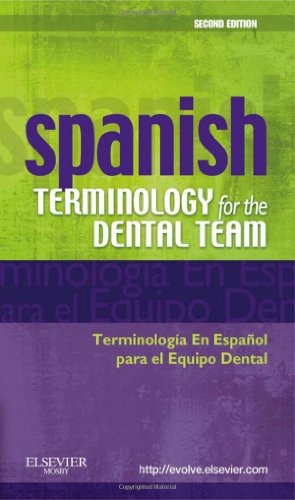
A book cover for Spanish Terminology for the Dental Team, 2e; David W. Nunez; Medical Books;